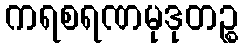
ကရစရဏမုဒုတဉ္စ